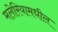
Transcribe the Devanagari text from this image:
मलेरियामधील